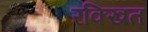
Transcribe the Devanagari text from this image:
रक्खित